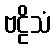
ဗဠိသံ